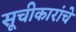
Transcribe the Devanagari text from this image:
सूचीकारांचे